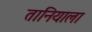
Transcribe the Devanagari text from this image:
तानियाला